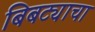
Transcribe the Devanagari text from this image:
बिबट्याचा